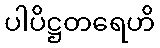
ပါပိဋ္ဌတရေဟိ